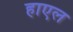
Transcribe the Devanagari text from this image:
हाएल